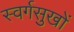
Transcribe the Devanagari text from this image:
स्वर्गसुखों